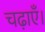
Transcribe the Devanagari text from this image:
चढ़ाएँ।